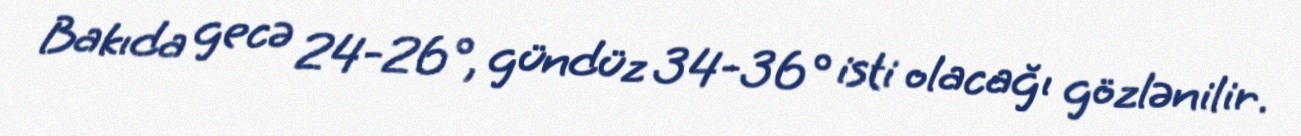
Bakıda gecə 24-26°, gündüz 34-36° isti olacağı gözlənilir.